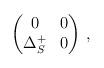
\begin{align*}\begin{pmatrix}0&0\\\Delta_S^+&0\end{pmatrix}\,,\end{align*}